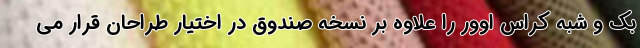
بک و شبه کراس اوور را علاوه بر نسخه صندوق در اختیار طراحان قرار می